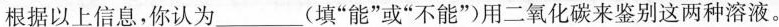
根据以上信息，你认为___(填”能”或”不能”)用二氧化碳来鉴别这两种溶液。